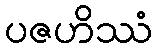
ပဇဟိဿံ